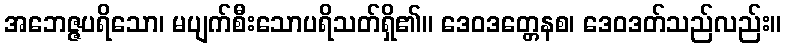
အဘေဇ္ဇပရိသော၊ မပျက်စီးသောပရိသတ်ရှိ၏။ ဒေဝဒတ္တေနစ၊ ဒေဝဒတ်သည်လည်း။